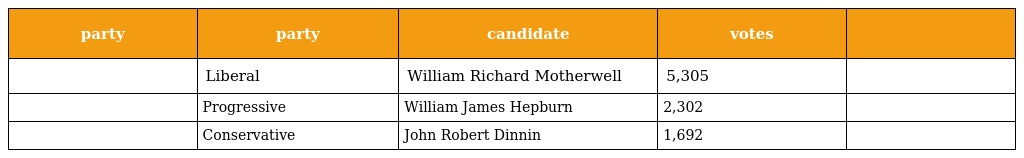
| party | party | candidate | votes |  |
 | --- | --- | --- | --- | --- |
 |  | Liberal | William Richard Motherwell | 5,305 |  |
 |  | Progressive | William James Hepburn | 2,302 |  |
 |  | Conservative | John Robert Dinnin | 1,692 |  |